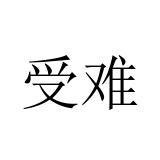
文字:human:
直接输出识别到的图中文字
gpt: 受难